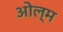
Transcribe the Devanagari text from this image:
ओल्म